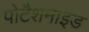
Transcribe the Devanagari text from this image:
पोटैशमाइड